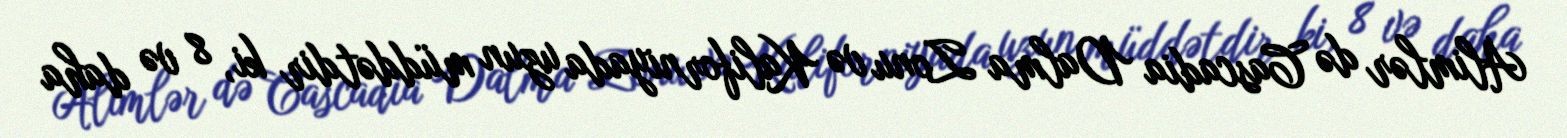
Alimlər də Cascadia Dalma Zonu və Kaliforniyada uzun müddətdir ki, 8 və daha